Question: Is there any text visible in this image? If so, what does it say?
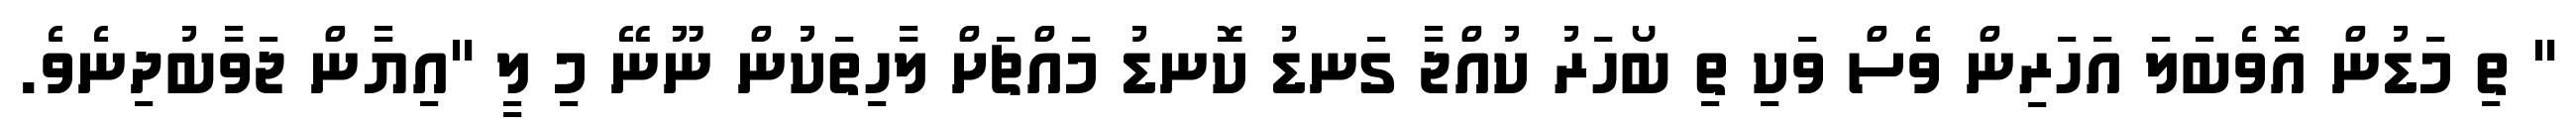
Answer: " ތި މަޑުން އޮވެބަލަ އަހަރިން ވެސް ވަކި ތި ބޯހަރު ކުއްޖާ ގަނޑު ކޮނޑު މައްޗަށް ލާހިތަކުން ނޫނޭ މި ލީ "އިޔާން ޖަވާބުދިނެވެ.